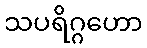
သပရိဂ္ဂဟော